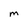
Character: M